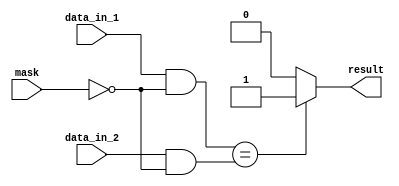
module masked_comparator (
    input [7:0] data_in_1,
    input [7:0] data_in_2,
    input [7:0] mask,
    output reg result
);

reg [7:0] masked_data_1;
reg [7:0] masked_data_2;

always @ (*) begin
    masked_data_1 = data_in_1 & ~mask;
    masked_data_2 = data_in_2 & ~mask;
    
    if (masked_data_1 == masked_data_2) begin
        result = 1'b1;
    end
    else begin
        result = 1'b0;
    end
end

endmodule